Annual report of lunatic asylums [Bombay] - 1912-1922
Year: 1912
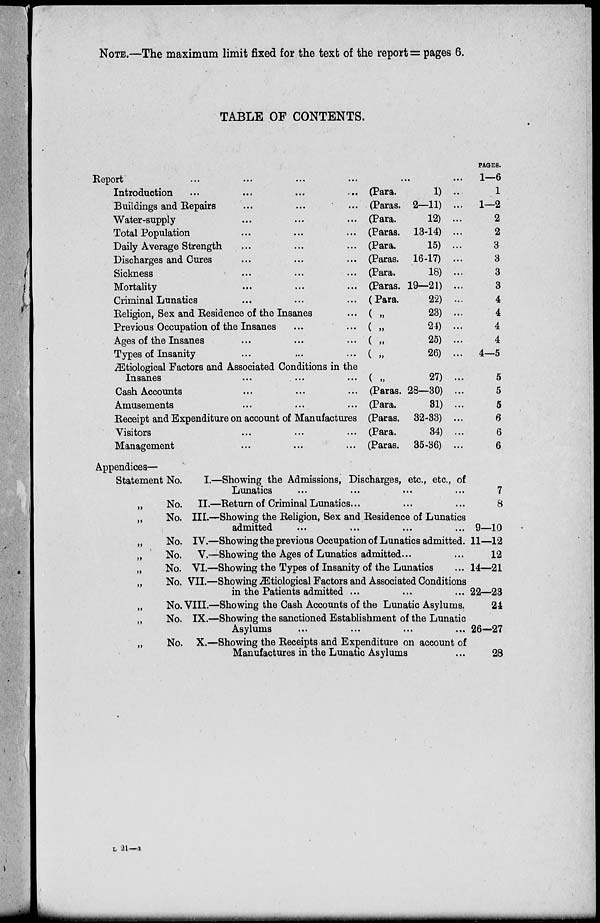
NOTE.—The maximum limit fixed for the text of the report = pages 6.
TABLE OF CONTENTS.
Report
...
...
...
...
...
...
Introduction
...
...
...
... (Para.
1) ...
Buildings and
Repairs
...
...
... (Paras. 2—11) ...
Water-supply
...
...
... (Para.
12) ...
Total Population
...
...
... (Paras. 13-14) ...
Daily Average Strength
...
...
... (Para.
15) ...
Discharges and Cures
...
...
... (Paras. 16-17) ...
Sickness
...
...
... (Para.
18) ...
Mortality
...
...
... (Paras. 19—21) ...
Criminal Lunatics
...
...
... (Para.
22) ...
Religion, Sex and Residence of the Insanes
... ( „
23) ...
Previous Occupation of the Insanes
...
... ( „
24) ...
Ages of the Insanes
...
...
... ( „
25) ...
Types of Insanity
...
...
... (
„
26) ...
Ætiological Factors and Associated Conditions in the
Insanes
...
...
( „
27)
Cash Accounts
...
...
... (Paras. 28—30) ...
Amusements
...
...
...
(Para.
81) ...
Receipt and Expenditure on account of Manufactures (Paras. 32-33) ...
Visitors
...
...
... (Para.
34) ...
Management
...
...
... (Paras. 35-36) ...
PAGES.
1—6
1
1—2
2
2
3
3
3
3
4
4
4
4
4—5
5
5
5
6
6
6
Appendices—
Statement No.
I.—Showing the Admissions, Discharges, etc., etc., of
Lunatics ... ... ... ...
„
No. II.—Return of Criminal Lunatics ... ... ...
„
No. III.—Showing the Religion, Sex and Residence of Lunatics
admitted ... ... ... ...
„
No. IV.—Showing the previous Occupation of Lunatics admitted .
„
No. V.—Showing the Ages of Lunatics admitted ... ...
„
No. VI.—Showing the Types of Insanity of the Lunatics
...
„
No. VII.—Showing Ætiological Factors and Associated Conditions
in the Patients admitted ... ... ...
„
No. VIII.—Showing the Cash Accounts of the Lunatic Asylums.
„
No. IX.—Showing the sanctioned Establishment of the Lunatic
Asylums ... ... ... ...
„
No. X.—Showing the Receipts and Expenditure on account of
Manufactures in the Lunatic Asylums ...
7
8
9—10
11—12
12
14—21
22—23
24
26—27
28
L 21—a